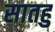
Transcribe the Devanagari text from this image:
सातहु